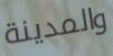
والمدينة